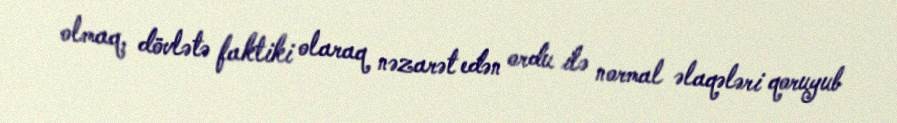
olmaq, dövlətə faktiki olaraq nəzarət edən ordu ilə normal əlaqələri qoruyub